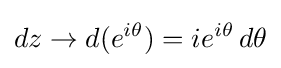
dz\to d(e^{i\theta })=ie^{i\theta }\,d\theta